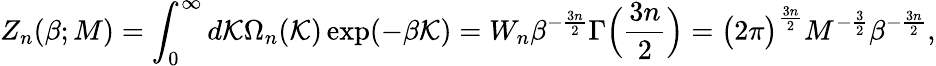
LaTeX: Z_{n}(\beta;M)=\int_{0}^{\infty}d\mathcal{K}\Omega_{n}(\mathcal{K})\exp(-\beta\mathcal{K})=W_{n}\beta^{-\frac{3n}{2}}\Gamma\Big(\frac{3n}{2}\Big)=\big(2\pi\big)^{\frac{3n}{2}}M^{-\frac{3}{2}}\beta^{-\frac{3n}{2}},